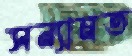
সন্যামত